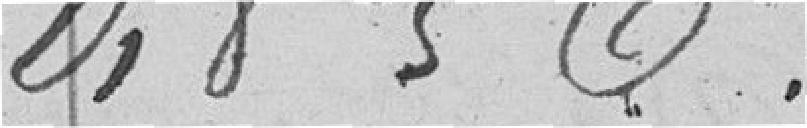
1836